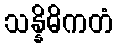
သန္နိဓိကတံ